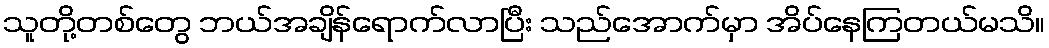
သူတို့တစ်တွေ ဘယ်အချိန်ရောက်လာပြီး သည်အောက်မှာ အိပ်နေကြတယ်မသိ။